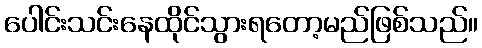
ပေါင်းသင်းနေထိုင်သွားရတော့မည်ဖြစ်သည်။